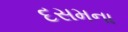
દસમના